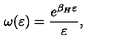
\omega ( \varepsilon ) = { \frac { e ^ { \beta _ { H } \varepsilon } } { \varepsilon } } ,